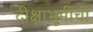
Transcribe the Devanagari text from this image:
दीक्षाभूमीची